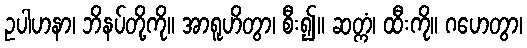
ဥပါဟနာ၊ ဘိနပ်တို့ကို။ အာရူဟိတွာ၊ စီး၍။ ဆတ္ကံ၊ ထီးကို။ ဂဟေတွာ၊